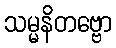
သမ္မနိတဗ္ဗော